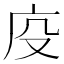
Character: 𭙔